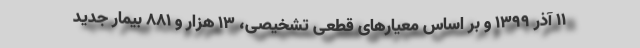
۱۱ آذر ۱۳۹۹ و بر اساس معیارهای قطعی تشخیصی، ۱۳ هزار و ۸۸۱ بیمار جدید